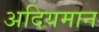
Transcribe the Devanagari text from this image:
अदियमान